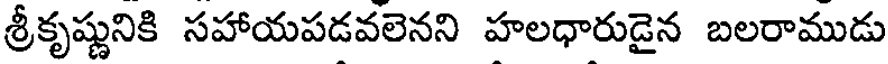
శ్రీకృష్ణునికి సహాయపడవలెనని హలధారుడైన బలరాముడు